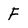
Character: F